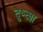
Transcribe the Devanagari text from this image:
द्रुष्ट्या